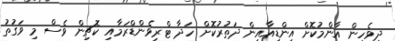
ދިވެހިން އާންމުކޮށް އިންޑިއާއިން ދަތުރުކޮށް ހަދާ ޓްރިވެންޑްރަމާއި ކޮޗިން ވެސް މި ވަގުތު